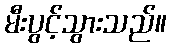
မီးပွင့်သွားသည်။